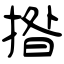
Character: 揝